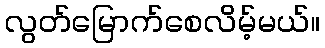
လွတ်မြောက်စေလိမ့်မယ်။